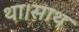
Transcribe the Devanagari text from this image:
था।साथ